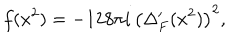
LaTeX: f ( x ^ { 2 } ) = - 1 2 8 \pi i \, \left( \Delta _ { F } ^ { \prime } ( x ^ { 2 } ) \right) ^ { 2 } ,